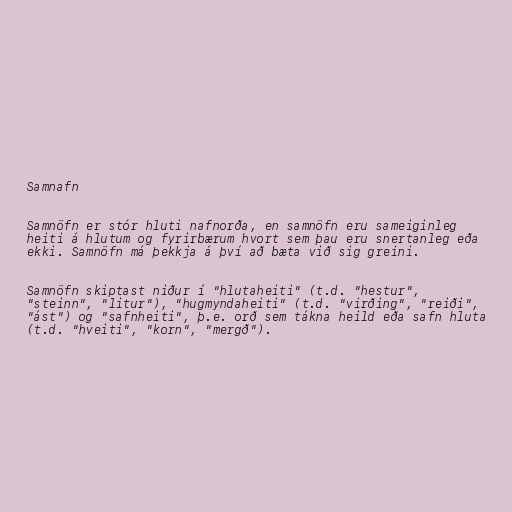
Samnafn

Samnöfn er stór hluti nafnorða, en samnöfn eru sameiginleg
heiti á hlutum og fyrirbærum hvort sem þau eru snertanleg eða
ekki. Samnöfn má þekkja á því að bæta við sig greini.

Samnöfn skiptast niður í "hlutaheiti" (t.d. "hestur",
"steinn", "litur"), "hugmyndaheiti" (t.d. "virðing", "reiði",
"ást") og "safnheiti", þ.e. orð sem tákna heild eða safn hluta
(t.d. "hveiti", "korn", "mergð").